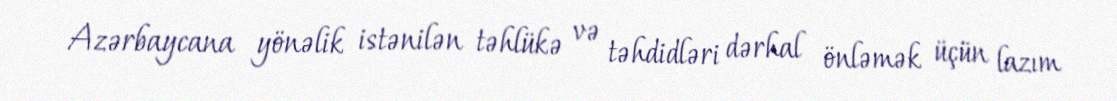
Azərbaycana yönəlik istənilən təhlükə və təhdidləri dərhal önləmək üçün lazım